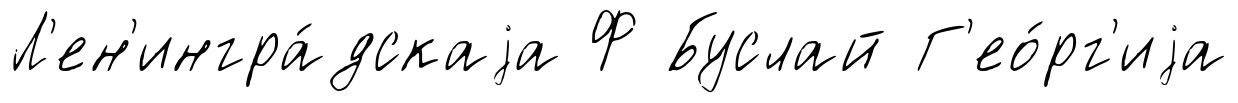
Л'ен'ингра́дскаjа Ф Буслай Г'ео́рг'иjа